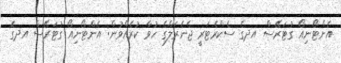
އެންޓޯނިއޯ ގުޓަރޭސް އދގެ ސެކްރެޓަރީ ޖެނެރަލްގެ ހުވާ ކުރެއްވުން: އެންޓޯނިއޯ ގުޓަރޭސް އދގެ